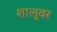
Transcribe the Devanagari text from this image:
शालूवर